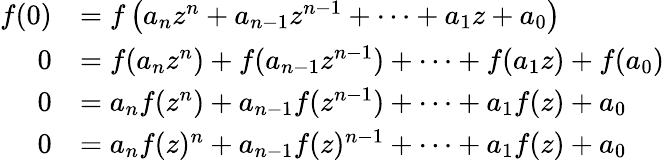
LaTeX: \begin{array}{rl}{f(0)}&{=f\left(a_{n}z^{n}+a_{n-1}z^{n-1}+\dots+a_{1}z+a_{0}\right)}\\ {0}&{=f(a_{n}z^{n})+f(a_{n-1}z^{n-1})+\dots+f(a_{1}z)+f(a_{0})}\\ {0}&{=a_{n}f(z^{n})+a_{n-1}f(z^{n-1})+\dots+a_{1}f(z)+a_{0}}\\ {0}&{=a_{n}f(z)^{n}+a_{n-1}f(z)^{n-1}+\dots+a_{1}f(z)+a_{0}}\end{array}